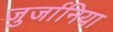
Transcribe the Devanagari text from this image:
जुर्जानिया